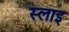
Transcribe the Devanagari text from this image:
स्लाइ